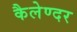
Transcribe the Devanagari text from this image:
कैलेण्दर